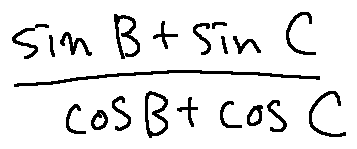
\frac { \sin B + \sin C } { \cos B + \cos C }